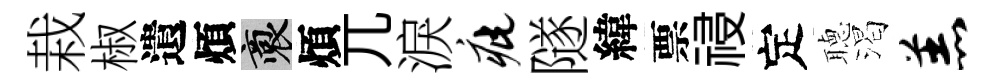
栽椒遺煩裔煩兀淚疵隧緯票祲定𦗟渴羔